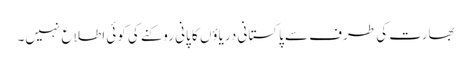
بھارت کی طرف سے پاکستانی دریاؤں کا پانی روکنے کی کوئی اطلاع نہیں۔